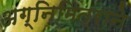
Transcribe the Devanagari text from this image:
अग्निमित्राने